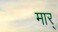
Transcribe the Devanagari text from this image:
मार्